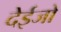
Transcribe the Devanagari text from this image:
देईजो